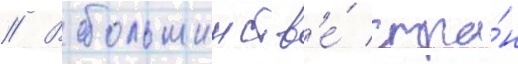
// В большинств'е́ стра́н